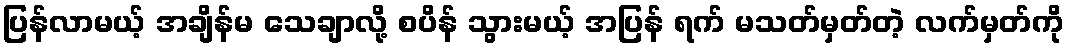
ပြန်လာမယ့် အချိန်မ သေချာလို့ စပိန် သွားမယ့် အပြန် ရက် မသတ်မှတ်တဲ့ လက်မှတ်ကို